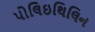
પોલિઇથિલિન